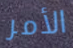
الأمر